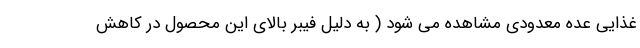
غذایی عده معدودی مشاهده می شود ( به دلیل فیبر بالای این محصول در کاهش